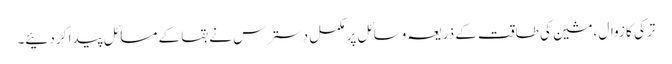
ترکی کا زوال ،مشین کی طاقت کے ذریعہ وسائل پر مکمل دسترس نے بقا کے مسائل پیدا کر دئیے۔